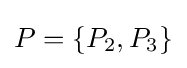
P=\{P_{2},P_{3}\}